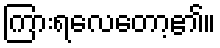
ကြားရလေတော့၏။